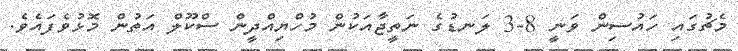
މެޗުގައި ހައުސިން ވަނީ 8-3 ލަނޑުގެ ނަތީޖާއަކުން މުހްޔިއްދީން ސްކޫލް އަތުން މޮޅުވެފައެވެ.